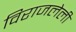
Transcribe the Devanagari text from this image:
विराजलेली